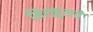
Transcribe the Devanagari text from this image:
मिल्झुलते